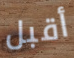
أقبل